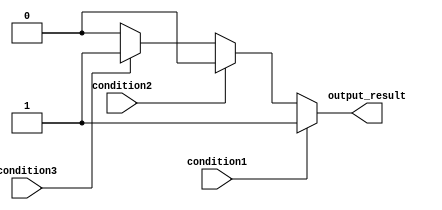
module multiple_if_else(
    input wire condition1,
    input wire condition2,
    input wire condition3,
    output reg output_result
);

always @(*)
begin
    if(condition1)
    begin
        // block of code for condition1
        output_result <= 1;
    end
    else if(condition2)
    begin
        // block of code for condition2
        output_result <= 2;
    end
    else if(condition3)
    begin
        // block of code for condition3
        output_result <= 3;
    end
    else
    begin
        // default block of code
        output_result <= 0;
    end
end

endmodule